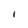
Character: l